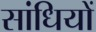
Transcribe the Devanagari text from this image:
सांधियों